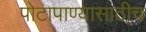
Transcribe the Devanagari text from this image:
पोटापाण्यासाठीच